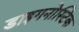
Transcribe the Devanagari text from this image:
डाइगनोस्टिक